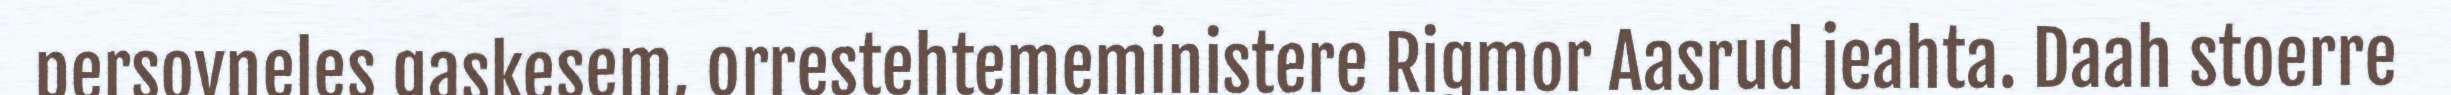
persovneles gaskesem, orrestehtemeministere Rigmor Aasrud jeahta. Daah stoerre